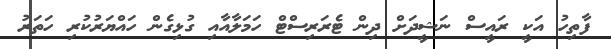
ފާތިހު އަކީ ރައީސް ނަޝީދަށް ދިން ޓެރަރިސްޓް ހަމަލާއާއި ގުޅިގެން ހައްޔަރުކުރި ހަތަރު